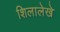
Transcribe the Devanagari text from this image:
शिलालेखे